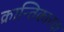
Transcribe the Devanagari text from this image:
क्रान्तिकारक